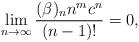
LaTeX: \begin{align*}\lim_{n\rightarrow\infty }\frac{(\beta)_{n}n^m c^{n}}{(n-1)!}=0, \end{align*}